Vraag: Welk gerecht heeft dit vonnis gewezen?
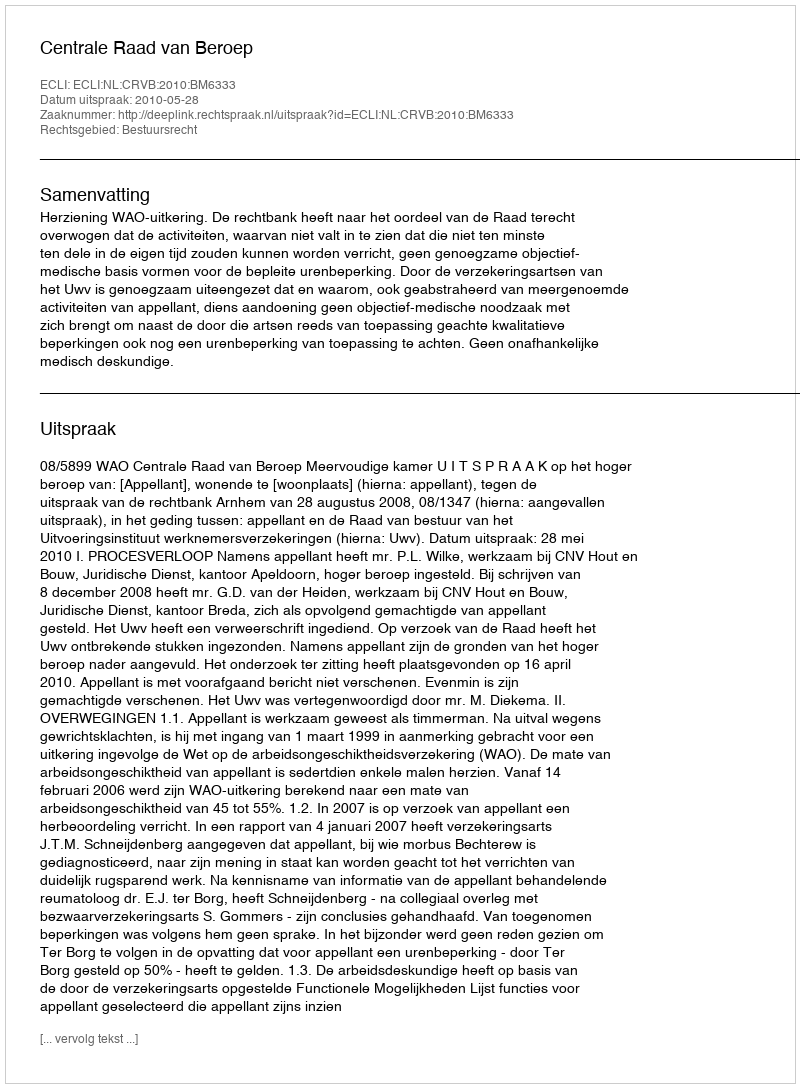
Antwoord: Centrale Raad van Beroep